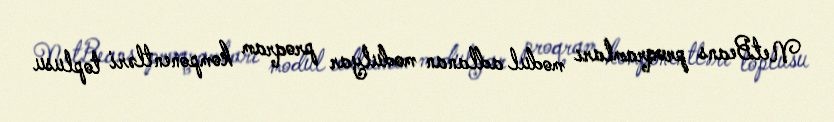
NetBeans proqramları modul adlanan modulyar proqram komponentləri toplusu